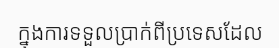
ក្នុងការទទួលប្រាក់ពីប្រទេសដែល